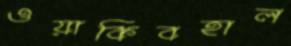
ওয়াকিবহাল